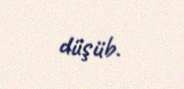
düşüb.